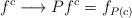
LaTeX: \begin{align*}f^{c} \longrightarrow P f^{c}=f_{P(c)}\end{align*}